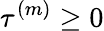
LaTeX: \tau^{(m)}\ge 0